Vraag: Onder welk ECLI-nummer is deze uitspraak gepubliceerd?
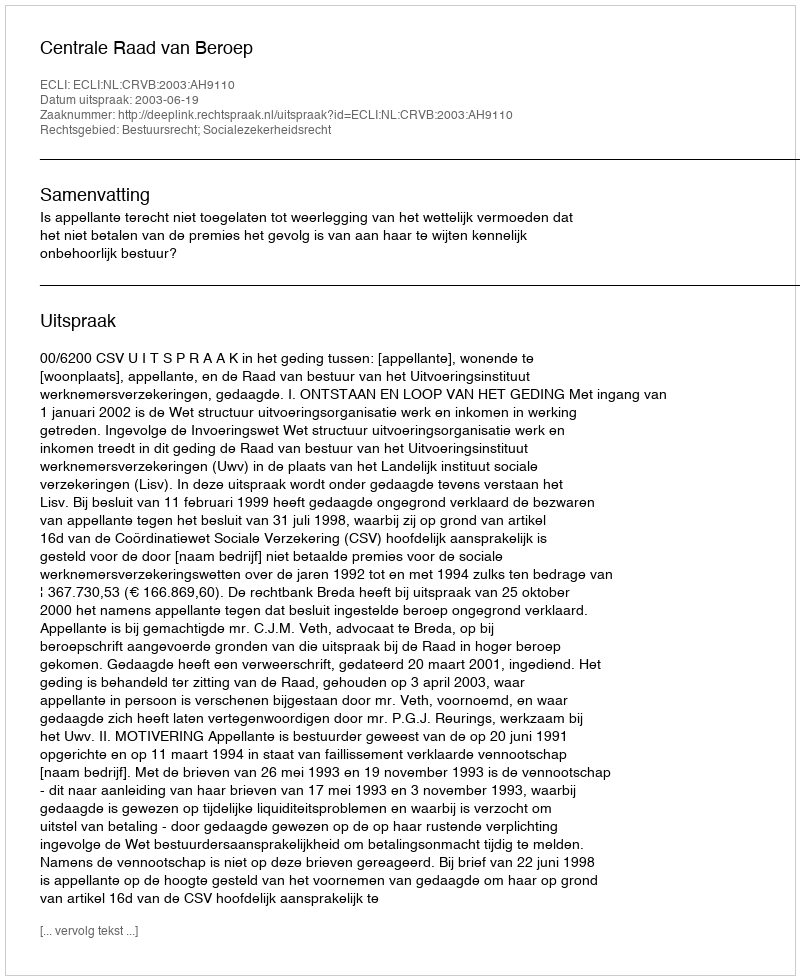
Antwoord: ECLI:NL:CRVB:2003:AH9110